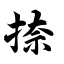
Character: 捺